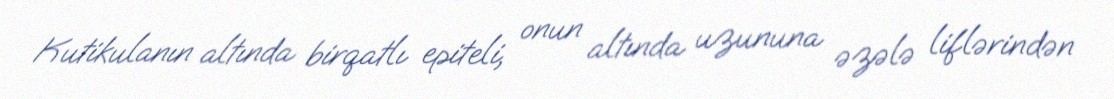
Kutikulanın altında birqatlı epiteli, onun altında uzununa əzələ liflərindən